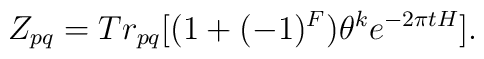
Z_{pq}=Tr_{pq}[(1 + (-1)^F)\theta^ke^{-2\pi t H}].